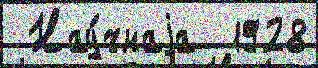
 Нау́чнаjа  1928